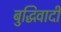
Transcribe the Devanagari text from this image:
बुद्धिवादीं